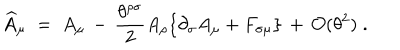
\widehat { A } _ { \mu } \; = \; A _ { \mu } \, - \, \frac { \theta ^ { \rho \sigma } } { 2 } A _ { \rho } \{ \partial _ { \sigma } A _ { \mu } + F _ { \sigma \mu } \} \, + \, { \mathcal O } ( \theta ^ { 2 } ) \; .